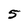
Character: 5